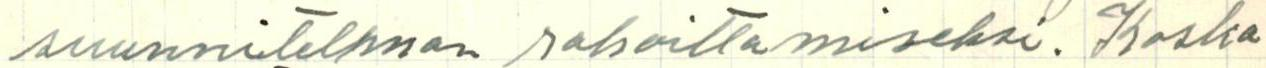
suunnitelman rahoittamiseksi. Koska